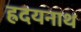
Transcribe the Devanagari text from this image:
ह्रदयनाथ